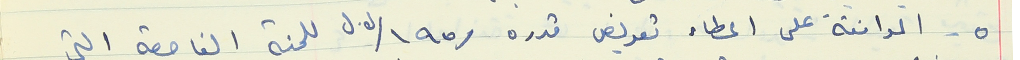
٥ - الموافقة على اعطاء تعويض قدره /١٩٥/ل.ل للجنة الفاحصة التي